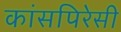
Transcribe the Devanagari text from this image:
कांसपिरेसी